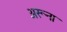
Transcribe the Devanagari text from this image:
अरूना